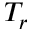
T _ { r }